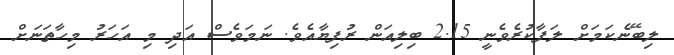
ލިބޭނެކަމަށް ލަފާކުރެވެނީ 2.15 ބިލިއަން ރުފިޔާއެވެ. ނަމަވެސް އަދި މި އަހަރު މިހާތަނަށް